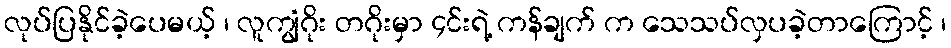
လုပ်ပြနိုင်ခဲ့ပေမယ့် ၊ လူကျွံဂိုး တဂိုးမှာ ၄င်းရဲ့ ကန်ချက် က သေသပ်လှပခဲ့တာကြောင့် ၊